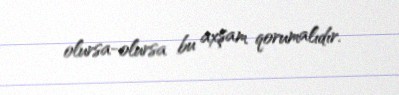
olursa-olursa bu axşam qorumalıdır.